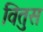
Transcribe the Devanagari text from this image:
वितुस